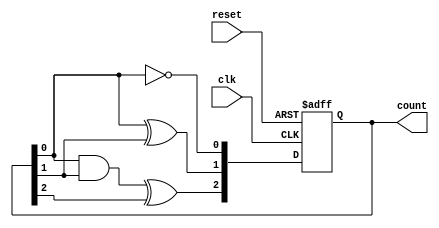
module async_binary_counter (
    input wire clk,          // Clock input
    input wire reset,        // Asynchronous reset
    output reg [2:0] count   // 3-bit counter output (can be adjusted for more bits)
);

// Always block for the counter, triggered by the clock or reset signal
always @(posedge clk or posedge reset) begin
    if (reset) begin
        count <= 3'b000;    // Reset the counter to 0
    end else begin
        count[0] <= ~count[0];           // Toggle the least significant bit
        count[1] <= count[0] ^ count[1]; // Toggle the second bit if the first bit is high
        count[2] <= (count[0] & count[1]) ^ count[2]; // Toggle the third bit if both lower bits are high
    end
end

endmodule